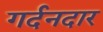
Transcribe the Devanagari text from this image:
गर्दनदार